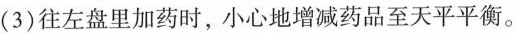
(3)往左盘里加药时，小心地增减药品至天平平衡。